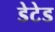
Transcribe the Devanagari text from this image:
डेटेड